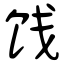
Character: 饯